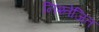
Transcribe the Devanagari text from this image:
निश्तेजित